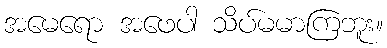
အမေရော အဖေပါ သိပ်မမာကြဘူး။